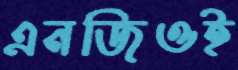
এনজিওই